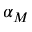
\alpha _ { M }